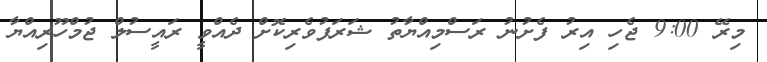
މިރޭ 9:00 ޖެހި އިރު ފެށުނު ރަސްމިއްޔާތު ޝަރަފުވެރިކޮށް ދެއްވީ ރައީސުލް ޖުމްހޫރިއްޔާ